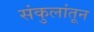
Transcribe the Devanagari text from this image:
संकुलांतून